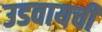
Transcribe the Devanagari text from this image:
उडवायची